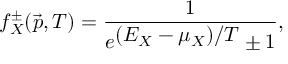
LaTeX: f _ { X } ^ { \pm } ( \vec { p } , T ) = \frac { 1 } { e ^ { \textstyle ( E _ { X } - { \mu } _ { X } ) / T } \pm 1 } ,